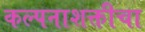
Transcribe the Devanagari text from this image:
कल्पनाशक्तीचा